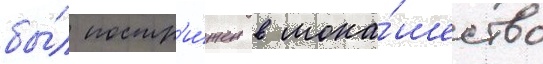
бы́л постр'и́жен в мона́шество